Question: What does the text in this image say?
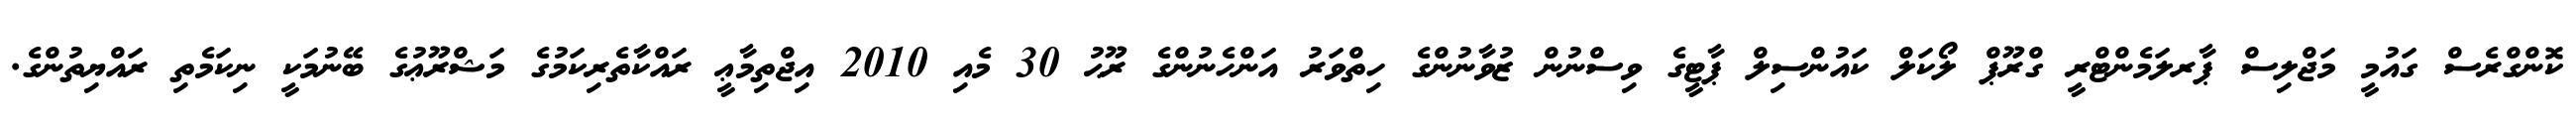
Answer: ކޮންގްރެސް ގައުމީ މަޖްލިސް ޕާރލަމެންޓްރީ ގްރޫޕް ލޯކަލް ކައުންސިލް ޕާޓީގެ ވިސްނުން ޒުވާނުންގެ ހިތްވަރު އަންހެނުންގެ ރޫޙު 30 މެއި 2010 އިޖްތިމާޢީ ރައްކާތެރިކަމުގެ މަޝްރޫޢުގެ ބޭނުމަކީ ނިކަމެތި ރައްޔިތުންގެ.